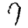
Digit: 7